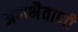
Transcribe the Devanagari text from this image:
अणभैवाणी